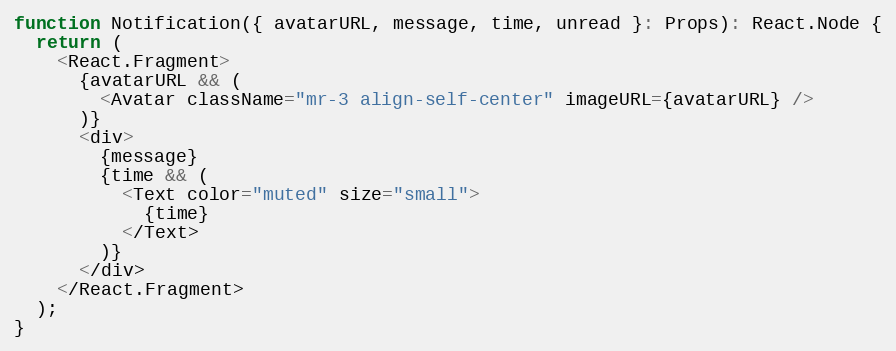
Language: JavaScript
function Notification({ avatarURL, message, time, unread }: Props): React.Node {
  return (
    <React.Fragment>
      {avatarURL && (
        <Avatar className="mr-3 align-self-center" imageURL={avatarURL} />
      )}
      <div>
        {message}
        {time && (
          <Text color="muted" size="small">
            {time}
          </Text>
        )}
      </div>
    </React.Fragment>
  );
}